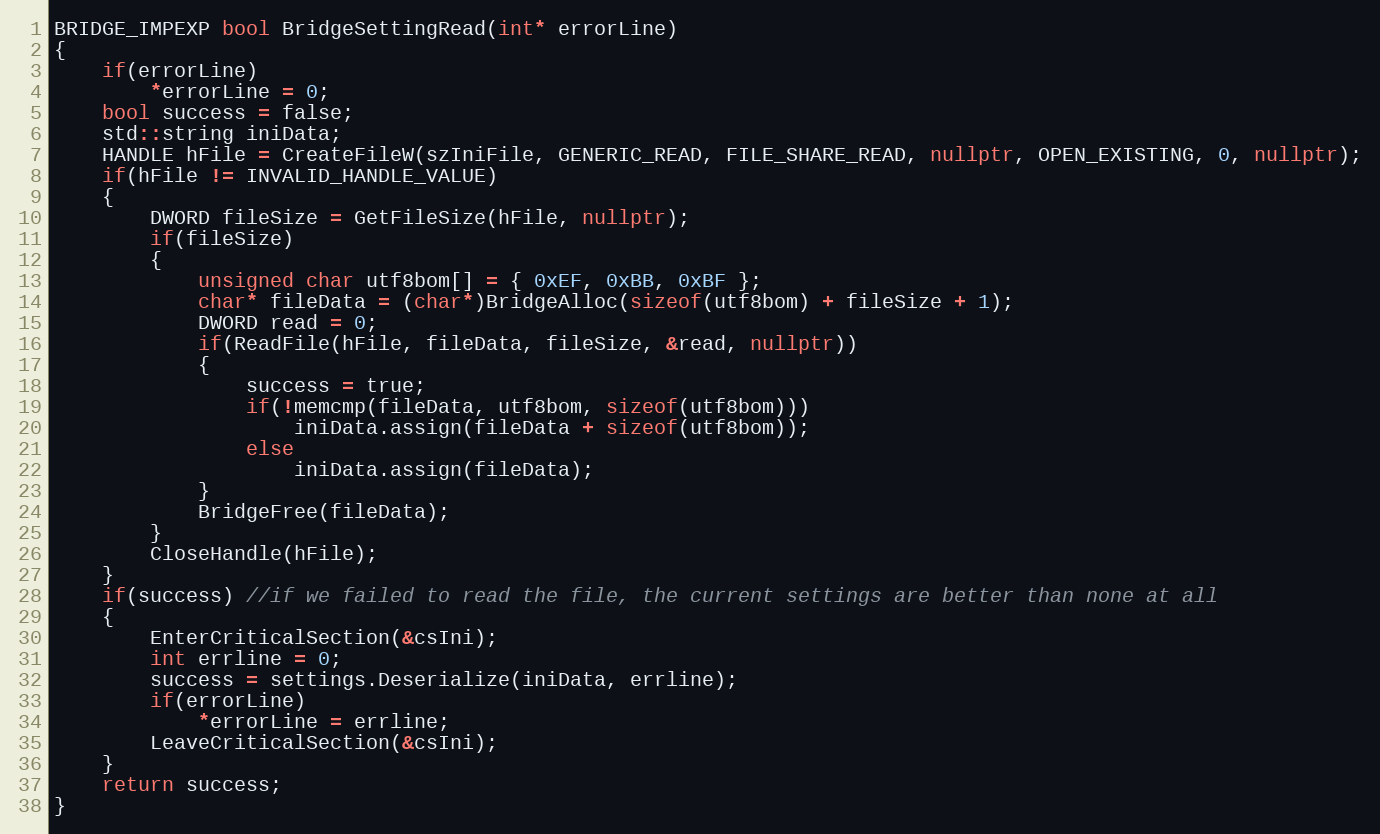
Language: C++
BRIDGE_IMPEXP bool BridgeSettingRead(int* errorLine)
{
    if(errorLine)
        *errorLine = 0;
    bool success = false;
    std::string iniData;
    HANDLE hFile = CreateFileW(szIniFile, GENERIC_READ, FILE_SHARE_READ, nullptr, OPEN_EXISTING, 0, nullptr);
    if(hFile != INVALID_HANDLE_VALUE)
    {
        DWORD fileSize = GetFileSize(hFile, nullptr);
        if(fileSize)
        {
            unsigned char utf8bom[] = { 0xEF, 0xBB, 0xBF };
            char* fileData = (char*)BridgeAlloc(sizeof(utf8bom) + fileSize + 1);
            DWORD read = 0;
            if(ReadFile(hFile, fileData, fileSize, &read, nullptr))
            {
                success = true;
                if(!memcmp(fileData, utf8bom, sizeof(utf8bom)))
                    iniData.assign(fileData + sizeof(utf8bom));
                else
                    iniData.assign(fileData);
            }
            BridgeFree(fileData);
        }
        CloseHandle(hFile);
    }
    if(success) //if we failed to read the file, the current settings are better than none at all
    {
        EnterCriticalSection(&csIni);
        int errline = 0;
        success = settings.Deserialize(iniData, errline);
        if(errorLine)
            *errorLine = errline;
        LeaveCriticalSection(&csIni);
    }
    return success;
}